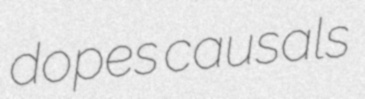
dopes causals